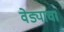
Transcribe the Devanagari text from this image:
वेड्याचा